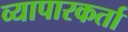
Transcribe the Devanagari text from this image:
व्यापारकर्ता